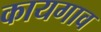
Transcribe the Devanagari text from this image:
कायगाव